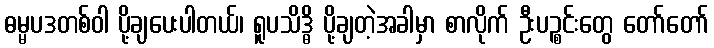
ဓမ္မပဒတစ်ဝါ ပို့ချပေးပါတယ်၊ ရူပသိဒ္ဓိ ပို့ချတဲ့အခါမှာ စာလိုက် ဦးပဉ္စင်းတွေ တော်တော်